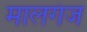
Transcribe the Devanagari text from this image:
मालगंज